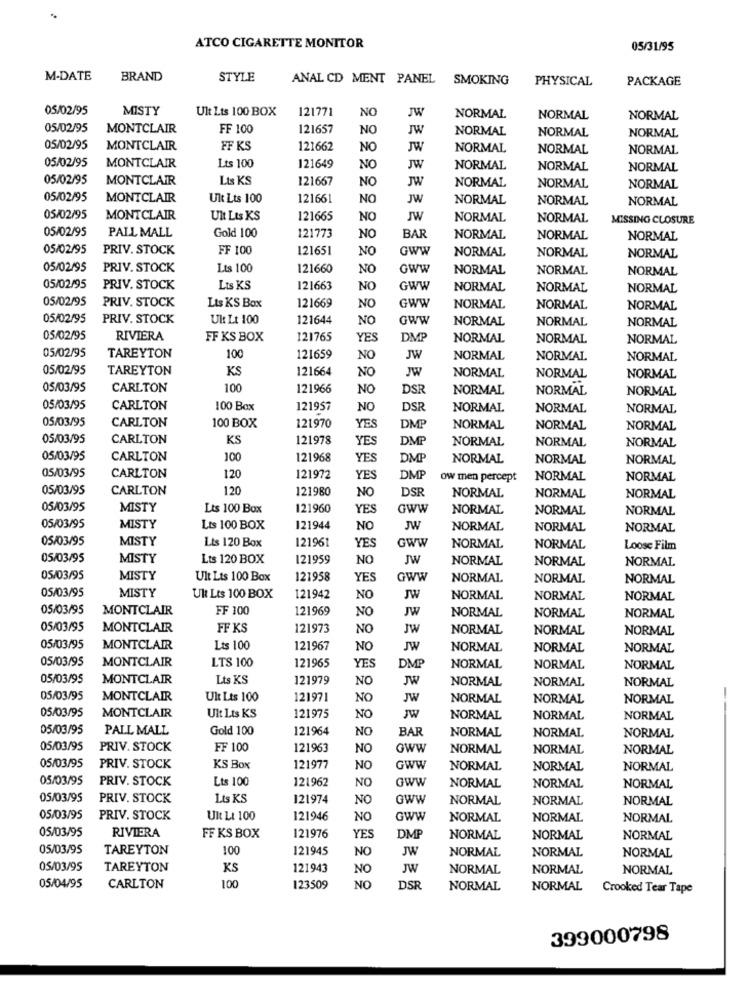
ATCO CIGARETTE MONITOR
05/31/95
M-DATE
BRAND
STYLE
ANAL CD MENT PANEL
SMOKING
PHYSICAL
PACKAGE
05/02/95
MISTY
Ult Lts 100 BOX
121771
NO
JW
NORMAL
NORMAL
NORMAL
05/02/95
MONTCLAIR
FF 100
121657
NO
JW
NORMAL
NORMAL
NORMAL
05/02/95
MONTCLAIR
FF KS
121662
NO
JW
NORMAL
NORMAL
NORMAL
05/02/95
MONTCLAIR
Lts 100
121649
NO
JW
NORMAL
NORMAL
NORMAL
05/02/95
MONTCLAIR
Lis KS
121667
NO
JW
NORMAL
NORMAL
NORMAL
05/02/95
MONTCLAIR
Ult Lts 100
121661
NO
JW
NORMAL
NORMAL
NORMAL
05/02/95
MONTCLAIR
Ult Lts KS
121665
NO
NORMAL
NORMAL
MISSING CLOSURE
05/02/95
PALL MALL
Gold 100
121773
NO
BAR
NORMAL
NORMAL
NORMAL
05/02/95
PRIV. STOCK
FF 100
121651
NO
Gww
NORMAL
NORMAL
NORMAL
05/02/95
PRIV. STOCK
Lts 100
121660
NO
GWW
NORMAL
NORMAL
NORMAL
05/02/95
PRIV. STOCK
Lts KS
121663
NO
GWW
NORMAL
NORMAL
NORMAL
05/02/95
PRIV. STOCK
Lts KS Box
121669
NO
GWW
NORMAL
NORMAL
NORMAL
05/02/95
PRIV. STOCK
Ul Lt 100
121644
NO
GWW
NORMAL
NORMAL
NORMAL
05/02/95
RIVIERA
FF KS BOX
121765
YES
DMP
NORMAL
NORMAL
NORMAL
05/02/95
TAREYTON
100
121659
NO
JW
NORMAL
NORMAL
NORMAL
05/02/95
TAREYTON
KS
121664
NO
JW
NORMAL
NORMAL
NORMAL
05/03/95
CARLTON
100
121966
NO
DS
NORMAL
NORMAL
NORMAL
05/03/95
CARLTON
100 Bax
121957
NO
DSF
NORMAL
NORMAL
NORMAL
05/03/95
CARLTON
121970
YES
100 BOX
DMP
NORMAL
NORMAL
NORMAL
05/03/95
CARLTON
KS
121978
YES
DMP
NORMAL
NORMAL
NORMAL
05/03/95
CARLTON
100
121968
YES
DMP
NORMAL
NORMAL
NORMAL
05/03/95
CARLTON
120
121972
YES
DMP
ow men percept
NORMAL
NORMAL
05/03/95
CARLTON
120
121980
NO
DSF
NORMAL
NORMAL
NORMAL
05/03/95
MISTY
Lts 100 Box
121960
YES
GWW
NORMAL
NORMAL
NORMAL
05/03/95
MISTY
Lts 100 BOX
121944
NO
JW
NORMAL
NORMAL
NORMAL
05/03/95
MISTY
Lts 120 Box
121961
YES
GWW
NORMAL
NORMAL
Loose Film
05/03/95
MISTY
Lts 120 BOX
121959
NO
JW
NORMAL
NORMAL
NORMAL
05/03/95
MISTY
Ult Lts 100 Box
121958
YES
GWW
NORMAL
NORMAL
NORMAL
05/03/95
MISTY
Ult Lts 100 BOX
121942
NO
JW
NORMAL
NORMAL
NORMAL
05/03/95
MONTCLAIR
FF 100
121969
NO
JW
NORMAL
NORMAL
NORMAL
05/03/95
MONTCLAIR
FF KS
121973
NO
JW
NORMAL
NORMAL
NORMAL
05/03/95
MONTCLAIR
Lts 100
121967
NO
JW
NORMAL
NORMAL
NORMAL
05/03/95
MONTCLAIR
LTS 100
121965
YES
DMP
NORMAL
NORMAL
NORMAL
05/03/95
MONTCLAIR
Lts KS
121979
NO
JW
NORMAL
NORMAL
NORMAL
05/03/95
MONTCLAIR
Ult Lts 100
121971
NO
JW
NORMAL
NORMAL
NORMAL
-
05/03/95
MONTCLAIR
Ult Lts KS
121975
NO
JW
NORMAL
NORMAL
NORMAL
05/03/95
PALL MALL
Gold 100
121964
NO
BAR
NORMAL
NORMAL
NORMAL
05/03/95
PRIV. STOCK
FF 100
121963
NO
GWW
NORMAL
NORMAL
NORMAL
05/03/95
PRIV. STOCK
KS Box
121977
NO
GWW
NORMAL
NORMAL
NORMAL
05/03/95
PRIV. STOCK
Lts 100
121962
NO
GWW
NORMAL
NORMAL
NORMAL
05/03/95
PRIV. STOCK
1.15 KS
121974
NO
GWW
NORMAL
NORMAL
NORMAL
05/03/95
PRIV. STOCK
Ult LL 100
121946
NO
GWW
NORMAL
NORMAL
NORMAL
05/03/95
RIVIERA
FF KS BOX
121976
YES
DMP
NORMAL
NORMAL
NORMAL
05/03/95
TAREYTON
100
121945
NO
JW
NORMAL
NORMAL
NORMAL
05/03/95
TAREYTON
KS
121943
NO
JW
NORMAL
NORMAL
NORMAL
100
05/04/95
CARLTON
123509
NO
DSR
NORMAL
NORMAL
Crooked Tear Tape
399000798